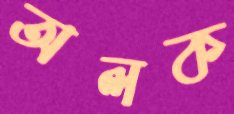
অলক